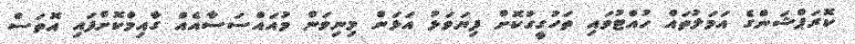
ކޮރަޕްޝަންގެ އަމަލުތައް ހުއްޓުވައި ތަހުގީގުކޮށް ފިޔަވަޅު އަޅަން މިނިވަން މުއައްސަސާއެއް ގާއިމްކޮށްފައި އޮތަސް